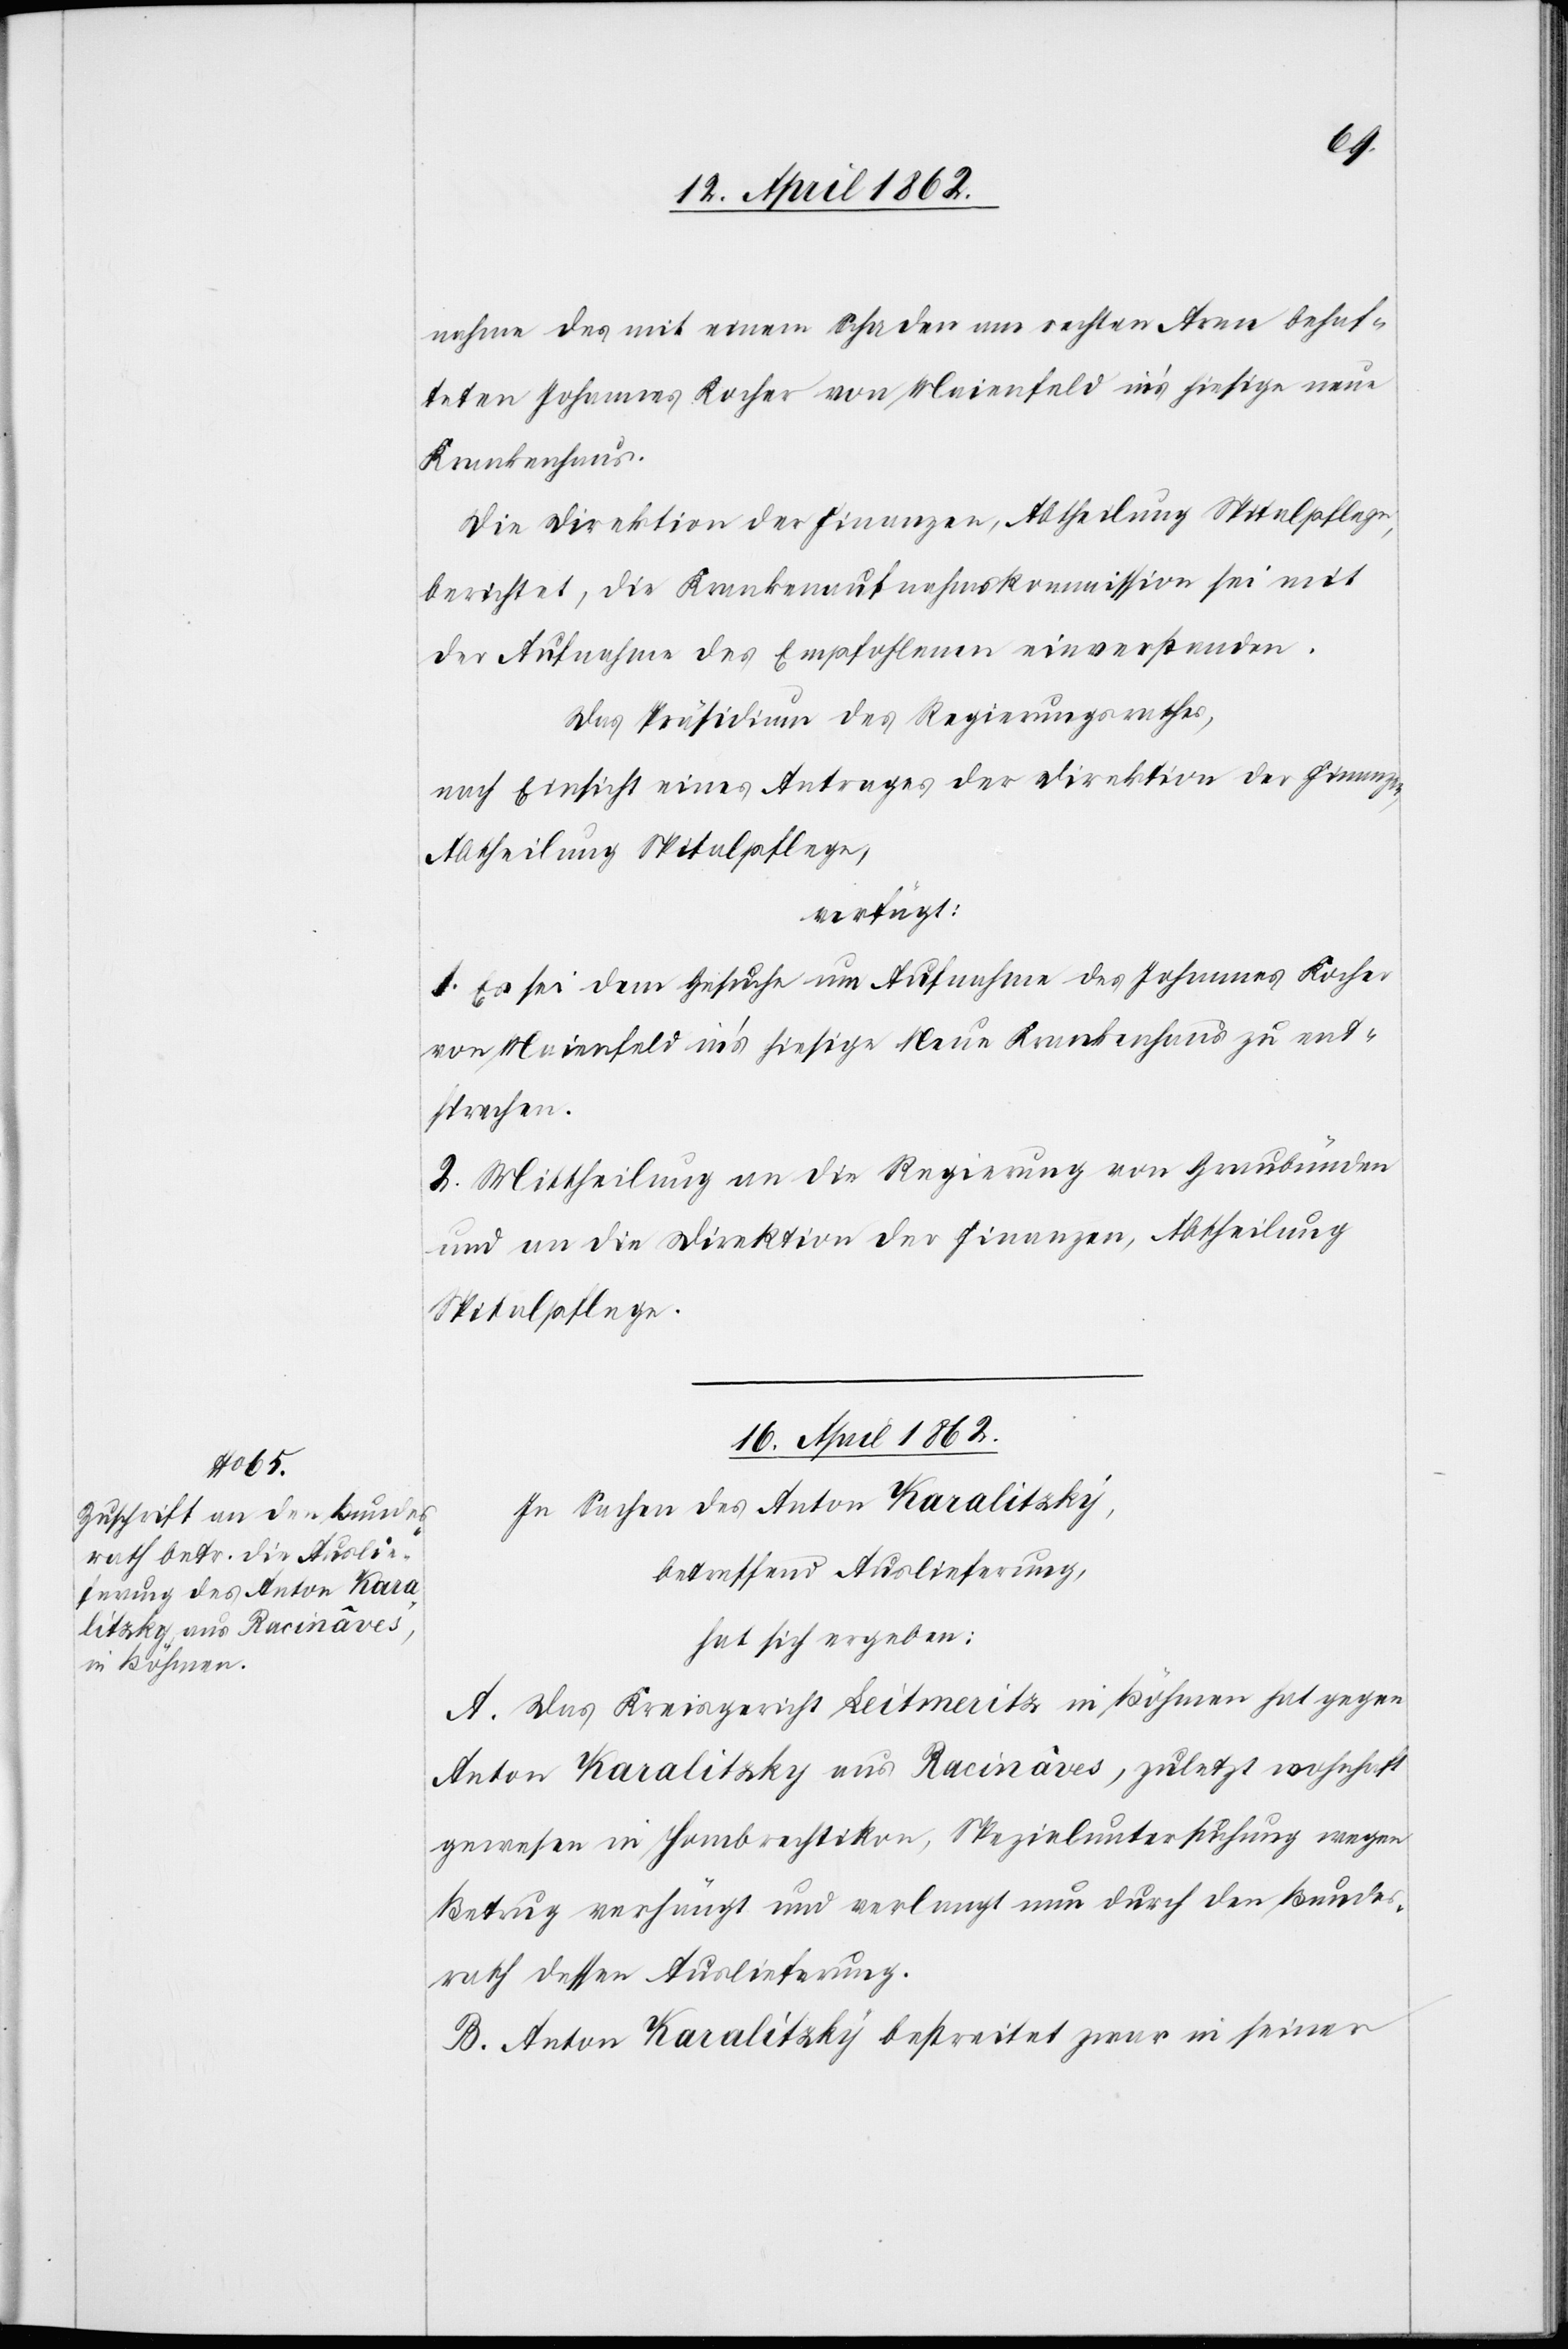
16. April 1862.
nahme des mit einem Schaden am rechten Arme behaf¬
teten Johannes Kocher von Meienfeld in’s hiesige neue
Krankenhaus.
Die Direktion der Finanzen, Abtheilung Spitalpflege,
berichtet, die Krankenaufnahmskommission sei mit
der Aufnahme des Empfohlenen einverstanden.
Das Präsidium des Regierungsrathes,
nach Einsicht eines Antrages der Direktion der Finanzen,
Abtheilung Spitalpflege,
verfügt:
1. Es sei dem Gesuche um Aufnahme des Johannes Kocher
von Meienfeld in’s hiesige Neue Krankenhaus zu ent¬
sprechen.
2. Mittheilung an die Regierung von Graubünden
und an die Direktion der Finanzen, Abtheilung
Spitalpflege.
In Sachen des Anton Karalitzky,
betreffend Auslieferung,
hat sich ergeben:
A. Das Kreisgericht Leitmeritz, in Böhmen hat gegen
Anton Karalitzky aus Racinâves, zuletzt wohnhaft
gewesen in Hombrechtikon, Spezialuntersuchung wegen
Betrug verhängt und verlangt nun durch den Bundes¬
rath dessen Auslieferung.
B. Anton Karalitzky bestreitet zwar in seiner